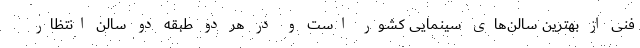
فنی از بهترین سالن‌های سینمایی کشور است و در هر دو طبقه دو سالن انتظار